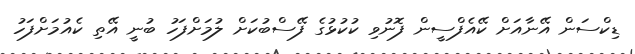
ޑިކްސަން އޭނާއަށް ކޭއެފްސީން ފޮނުވި ކުކުޅުގެ ފޭސްބުކަށް ލުމަށްފަހު ބުނީ އޭތި ކެއުމަށްފަހު